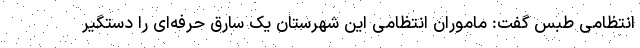
انتظامی طبس گفت: ماموران انتظامی این شهرستان یک سارق حرفه‌ای را دستگیر